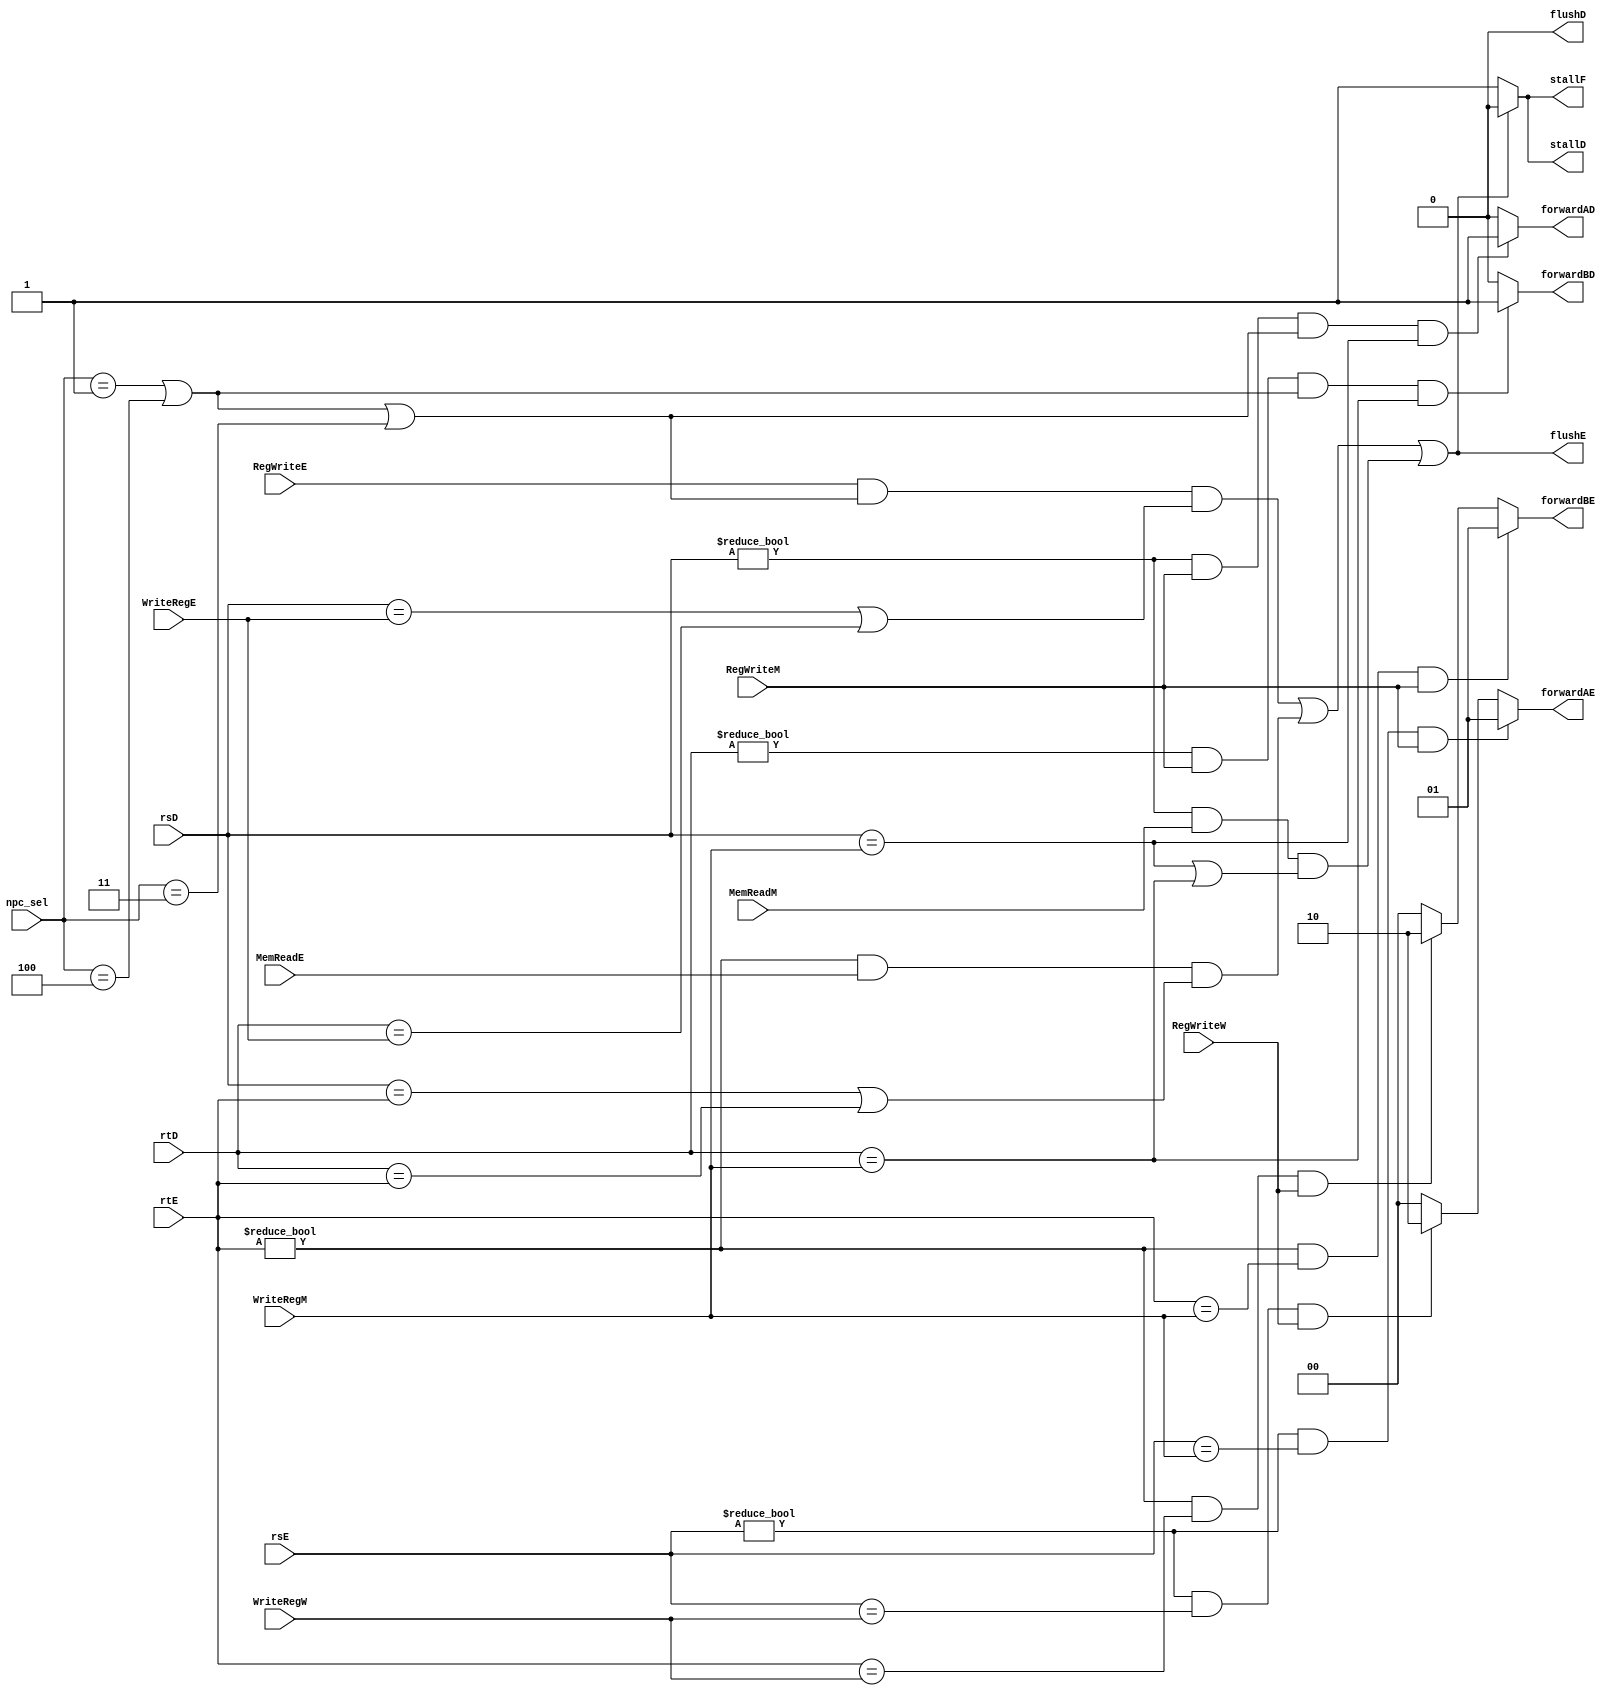
module HarzardUnit(input  [4:0] rsD,rtD,rsE,rtE,WriteRegE,WriteRegM,WriteRegW,
                   input        RegWriteE,RegWriteM,RegWriteW,MemReadE,MemReadM,
						 input  [2:0] npc_sel,
						 output       stallF,stallD,flushD,forwardAD,forwardBD,flushE,
						 output [1:0] forwardAE,forwardBE
						 );
	
	parameter        R  =  3'b000,           // R_type
                    BEQ=  3'b001,           // BEQ_type
                    J  =  3'b010,           // J_type
                    JR =  3'b011,           // JR_type
                    BNE=  3'b100;           // BNE_type    
						  
	wire B	=	npc_sel==BEQ||npc_sel==BNE;
	wire JR_e=	npc_sel==JR;

	assign forwardAE=
							((rsE!=5'b0)&&(rsE==WriteRegM)&&RegWriteM)?2'b01:			//R
							((rsE!=5'b0)&&(rsE==WriteRegW)&&RegWriteW)?2'b10:			//R
							2'b00;
								
	assign forwardBE=
							((rtE!=5'b0)&&(rtE==WriteRegM)&&RegWriteM)?2'b01:			//R
							((rtE!=5'b0)&&(rtE==WriteRegW)&&RegWriteW)?2'b10:			//R
							2'b00;
							
	assign forwardAD= ((rsD!=5'b0)&&RegWriteM&& (B||JR_e) &&(rsD==WriteRegM))?			2'b01:	//BJR
							((rsD!=5'b0)&&(rsD==WriteRegW)&&RegWriteW)||										//R
							((rsD!=5'b0)&&RegWriteW&& (B||JR_e) &&(rsD==WriteRegW))?			2'b10:	//BJR
							2'b00;
							
	assign forwardBD= ((rtD!=5'b0)&&RegWriteM&& B &&(rtD==WriteRegM))?			2'b01:			//B
							((rtD!=5'b0)&&(rtD==WriteRegW)&&RegWriteW)||										//R
							((rtD!=5'b0)&&RegWriteW&& B &&(rtD==WriteRegW))?			2'b10:			//B
							2'b00;
							
	assign stallF= (RegWriteE&& (B||JR_e) &&((rsD==WriteRegE)||(rtD==WriteRegE)))||				//BJR
						((rtE!=5'b0)&&MemReadE&&(rsD==rtE||rtD==rtE))||										//L
						((rsD!=5'b0)&&MemReadM&&(rsD==WriteRegM||rtD==WriteRegM))?	1'b0:				//LBJR
						1'b1;
					
	assign stallD= stallF;
	
	assign flushE= ~stallF;
							
	assign flushD=1'b0;

endmodule